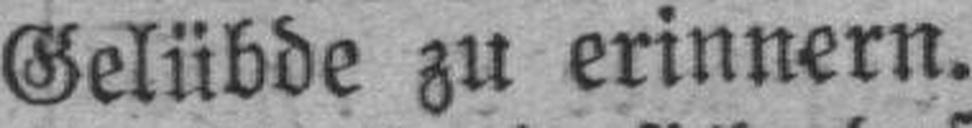
Gelübde zu erinnern.